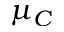
\mu _ { C }